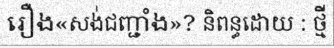
រឿង«សង់ជញ្ជាំង»? និពន្ធដោយ : ថ្មី